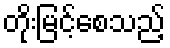
တိုးမြင့်စေသည့်